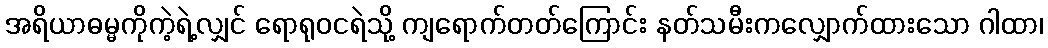
အရိယာဓမ္မကိုကဲ့ရဲ့လျှင် ရောရုဝငရဲသို့ ကျရောက်တတ်ကြောင်း နတ်သမီးကလျှောက်ထားသော ဂါထာ၊